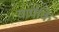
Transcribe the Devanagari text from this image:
यापैकि